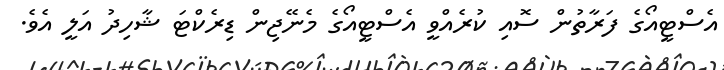
އެސްޓީއޯގެ ފަރާތުން ސޮއި ކުރެއްވީ އެސްޓީއޯގެ މެނޭޖިން ޑިރެކްޓަ ޝާހިދު އަލީ އެވެ.